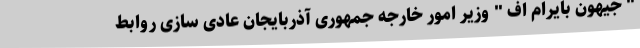
" جیهون بایرام اف " وزیر امور خارجه جمهوری آذربایجان عادی سازی روابط